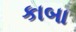
કાબા